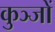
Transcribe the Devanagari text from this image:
कुञ्जों